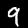
Label: 9